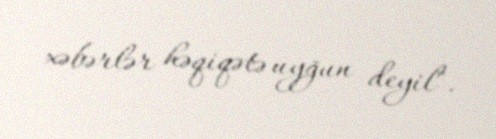
xəbərlər həqiqətə uyğun deyil".